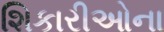
શિકારીઓના